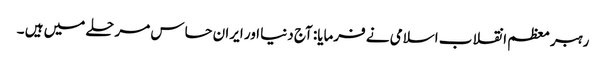
رہبر معظم انقلاب اسلامی نے فرمایا: آج دنیا اور ایران حساس مرحلے میں ہیں ۔